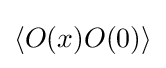
\langle O(x)O(0)\rangle